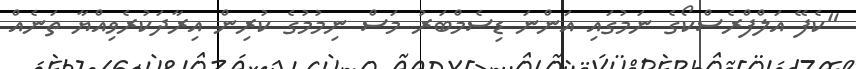
"ކެފޭ އަލްފްރެސްކޯގެ ނަމުގައި އަންނަ ޑިސެމްބަރު މަސް ނިމުމުގެ ކުރިން އިރާދަކުރެވިއްޔާ ތަނެއް